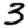
Digit: 3